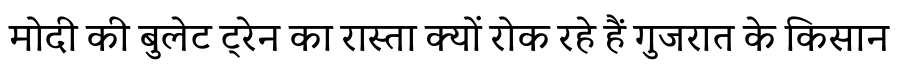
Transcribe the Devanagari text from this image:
मोदी की बुलेट ट्रेन का रास्ता क्यों रोक रहे हैं गुजरात के किसान